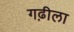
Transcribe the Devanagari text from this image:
गढ़ीला